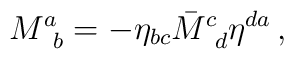
M^a_{\,\,\,b} = - \eta_{bc}\bar{M}^c_{\,\,\,d}\eta^{da}\,,